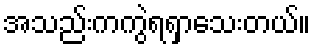
အသည်းကကွဲရရှာသေးတယ်။